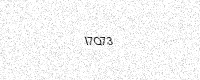
Text: I7Q73